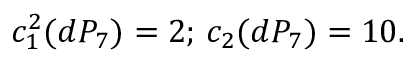
c _ { 1 } ^ { 2 } ( d P _ { 7 } ) = 2 ; \, c _ { 2 } ( d P _ { 7 } ) = 1 0 .